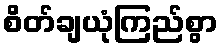
စိတ်ချယုံကြည်စွာ